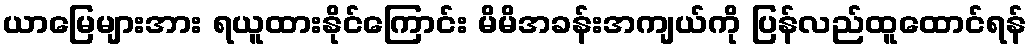
ယာမြေများအား ရယူထားနိုင်ကြောင်း မိမိအခန်းအကျယ်ကို ပြန်လည်ထူထောင်ရန်